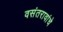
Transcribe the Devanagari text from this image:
वसंतरावांचे